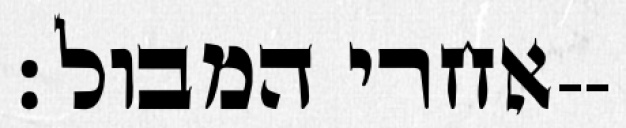
אחרי המבול׃--